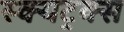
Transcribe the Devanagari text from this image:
स्क्यट्रक्स